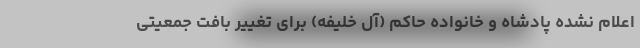
اعلام نشده پادشاه و خانواده حاکم (آل خلیفه) برای تغییر بافت جمعیتی